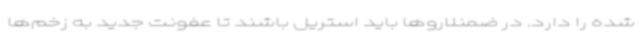
شده را دارد. در ضمنلاروها باید استریل باشند تا عفونت جدید به زخم‌ها